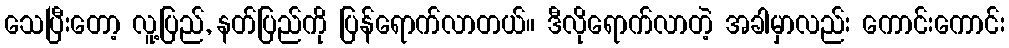
သေပြီးတော့ လူ့ပြည်, နတ်ပြည်ကို ပြန်ရောက်လာတယ်။ ဒီလိုရောက်လာတဲ့ အခါမှာလည်း ကောင်းကောင်း